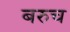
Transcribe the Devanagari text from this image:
बरुच